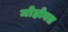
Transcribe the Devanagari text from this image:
मोहोबत